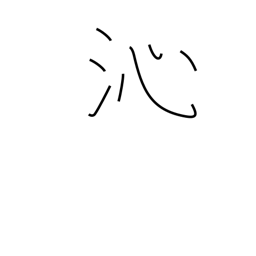
Meaning: penetrate